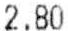
2.80